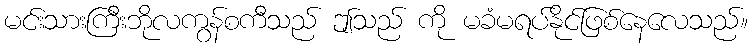
မင်းသားကြီးဘိုလကွန်စကီသည် ဤသည် ကို မခံမရပ်နိုင်ဖြစ်နေလေသည်။